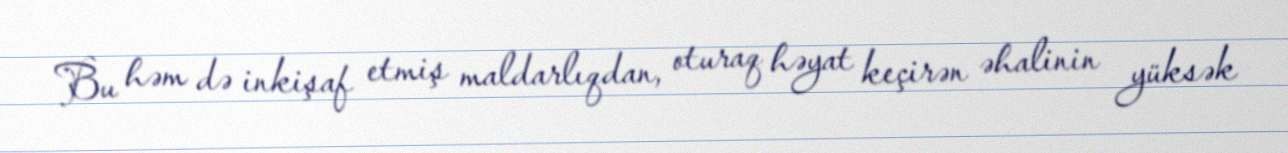
Bu həm də inkişaf etmiş maldarlıqdan, oturaq həyat keçirən əhalinin yüksək